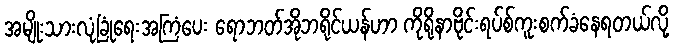
အမျိုးသားလုံခြုံရေးအကြံပေး ရောဘတ်အိုဘရိုင်ယန်ဟာ ကိုရိုနာဗိုင်းရပ်စ်ကူးစက်ခံနေရတယ်လို့